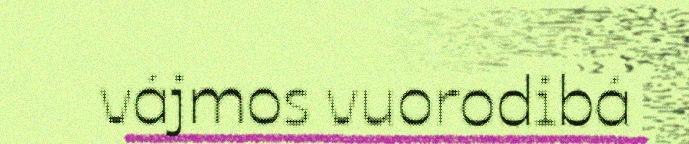
vájmos vuorodibá